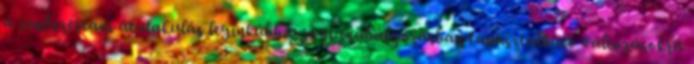
a rendszertani átalakulás leginkább a jogi szabályozásban tapasztalható változásokra